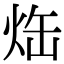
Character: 𤈒